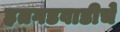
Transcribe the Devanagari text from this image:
हतगडवाडीचे